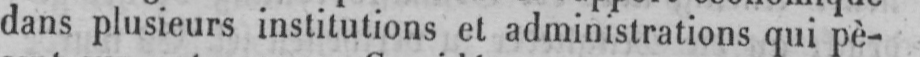
dans plusieurs institutions et administrations qui pè-